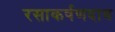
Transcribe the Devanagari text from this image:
रसाकर्षणदाब